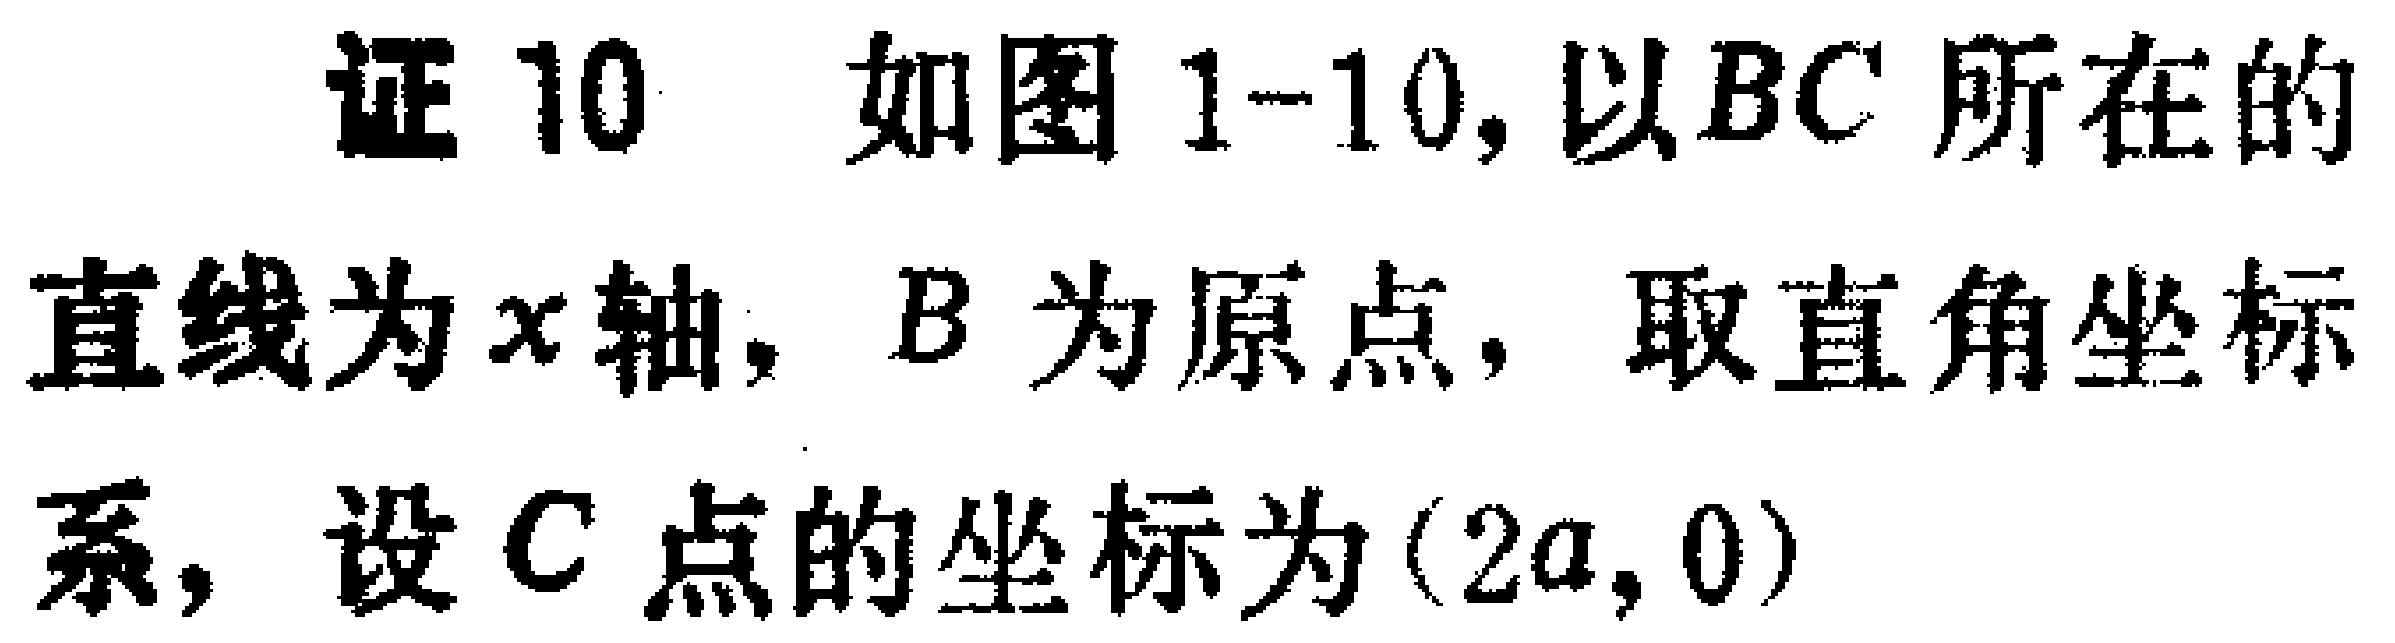
证10 如图1-10, 以$BC$所在的直线为$x$轴, $B$为原点, 取直角坐标系, 设$C$点的坐标为$(2a,0)$